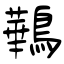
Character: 鷨